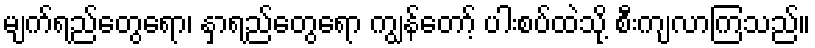
မျက်ရည်တွေရော၊ နှာရည်တွေရော ကျွန်တော့် ပါးစပ်ထဲသို့ စီးကျလာကြသည်။